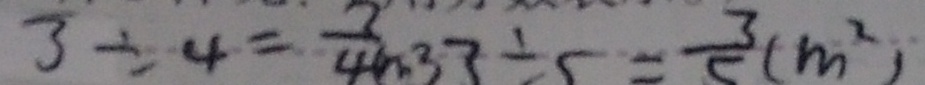
3 \div 4 = \frac { 3 } { 4 } ( m ^ { 2 } ) 3 \div 5 = \frac { 3 } { 5 } ( m ^ { 2 } )